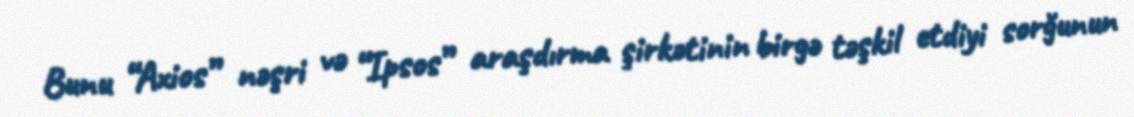
Bunu “Axios” nəşri və “Ipsos” araşdırma şirkətinin birgə təşkil etdiyi sorğunun